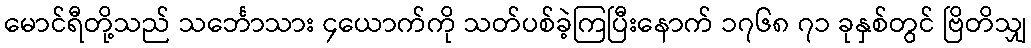
မောင်ရီတို့သည် သင်္ဘောသား ၄ယောက်ကို သတ်ပစ်ခဲ့ကြပြီးနောက် ၁၇၆၈ ၇၁ ခုနှစ်တွင် ဗြိတိသျှ